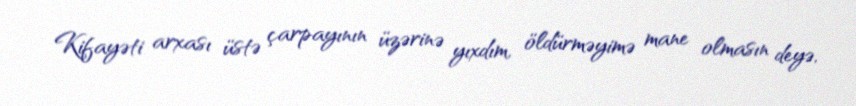
Kifayəti arxası üstə çarpayının üzərinə yıxdım, öldürməyimə mane olmasın deyə,